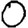
Digit: 0